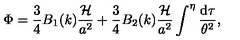
\Phi = \frac { 3 } { 4 } B _ { 1 } ( k ) \frac { { \cal H } } { a ^ { 2 } } + \frac { 3 } { 4 } B _ { 2 } ( k ) \frac { { \cal H } } { a ^ { 2 } } \int ^ { \eta } \frac { \mathrm { d } \tau } { \theta ^ { 2 } } ,